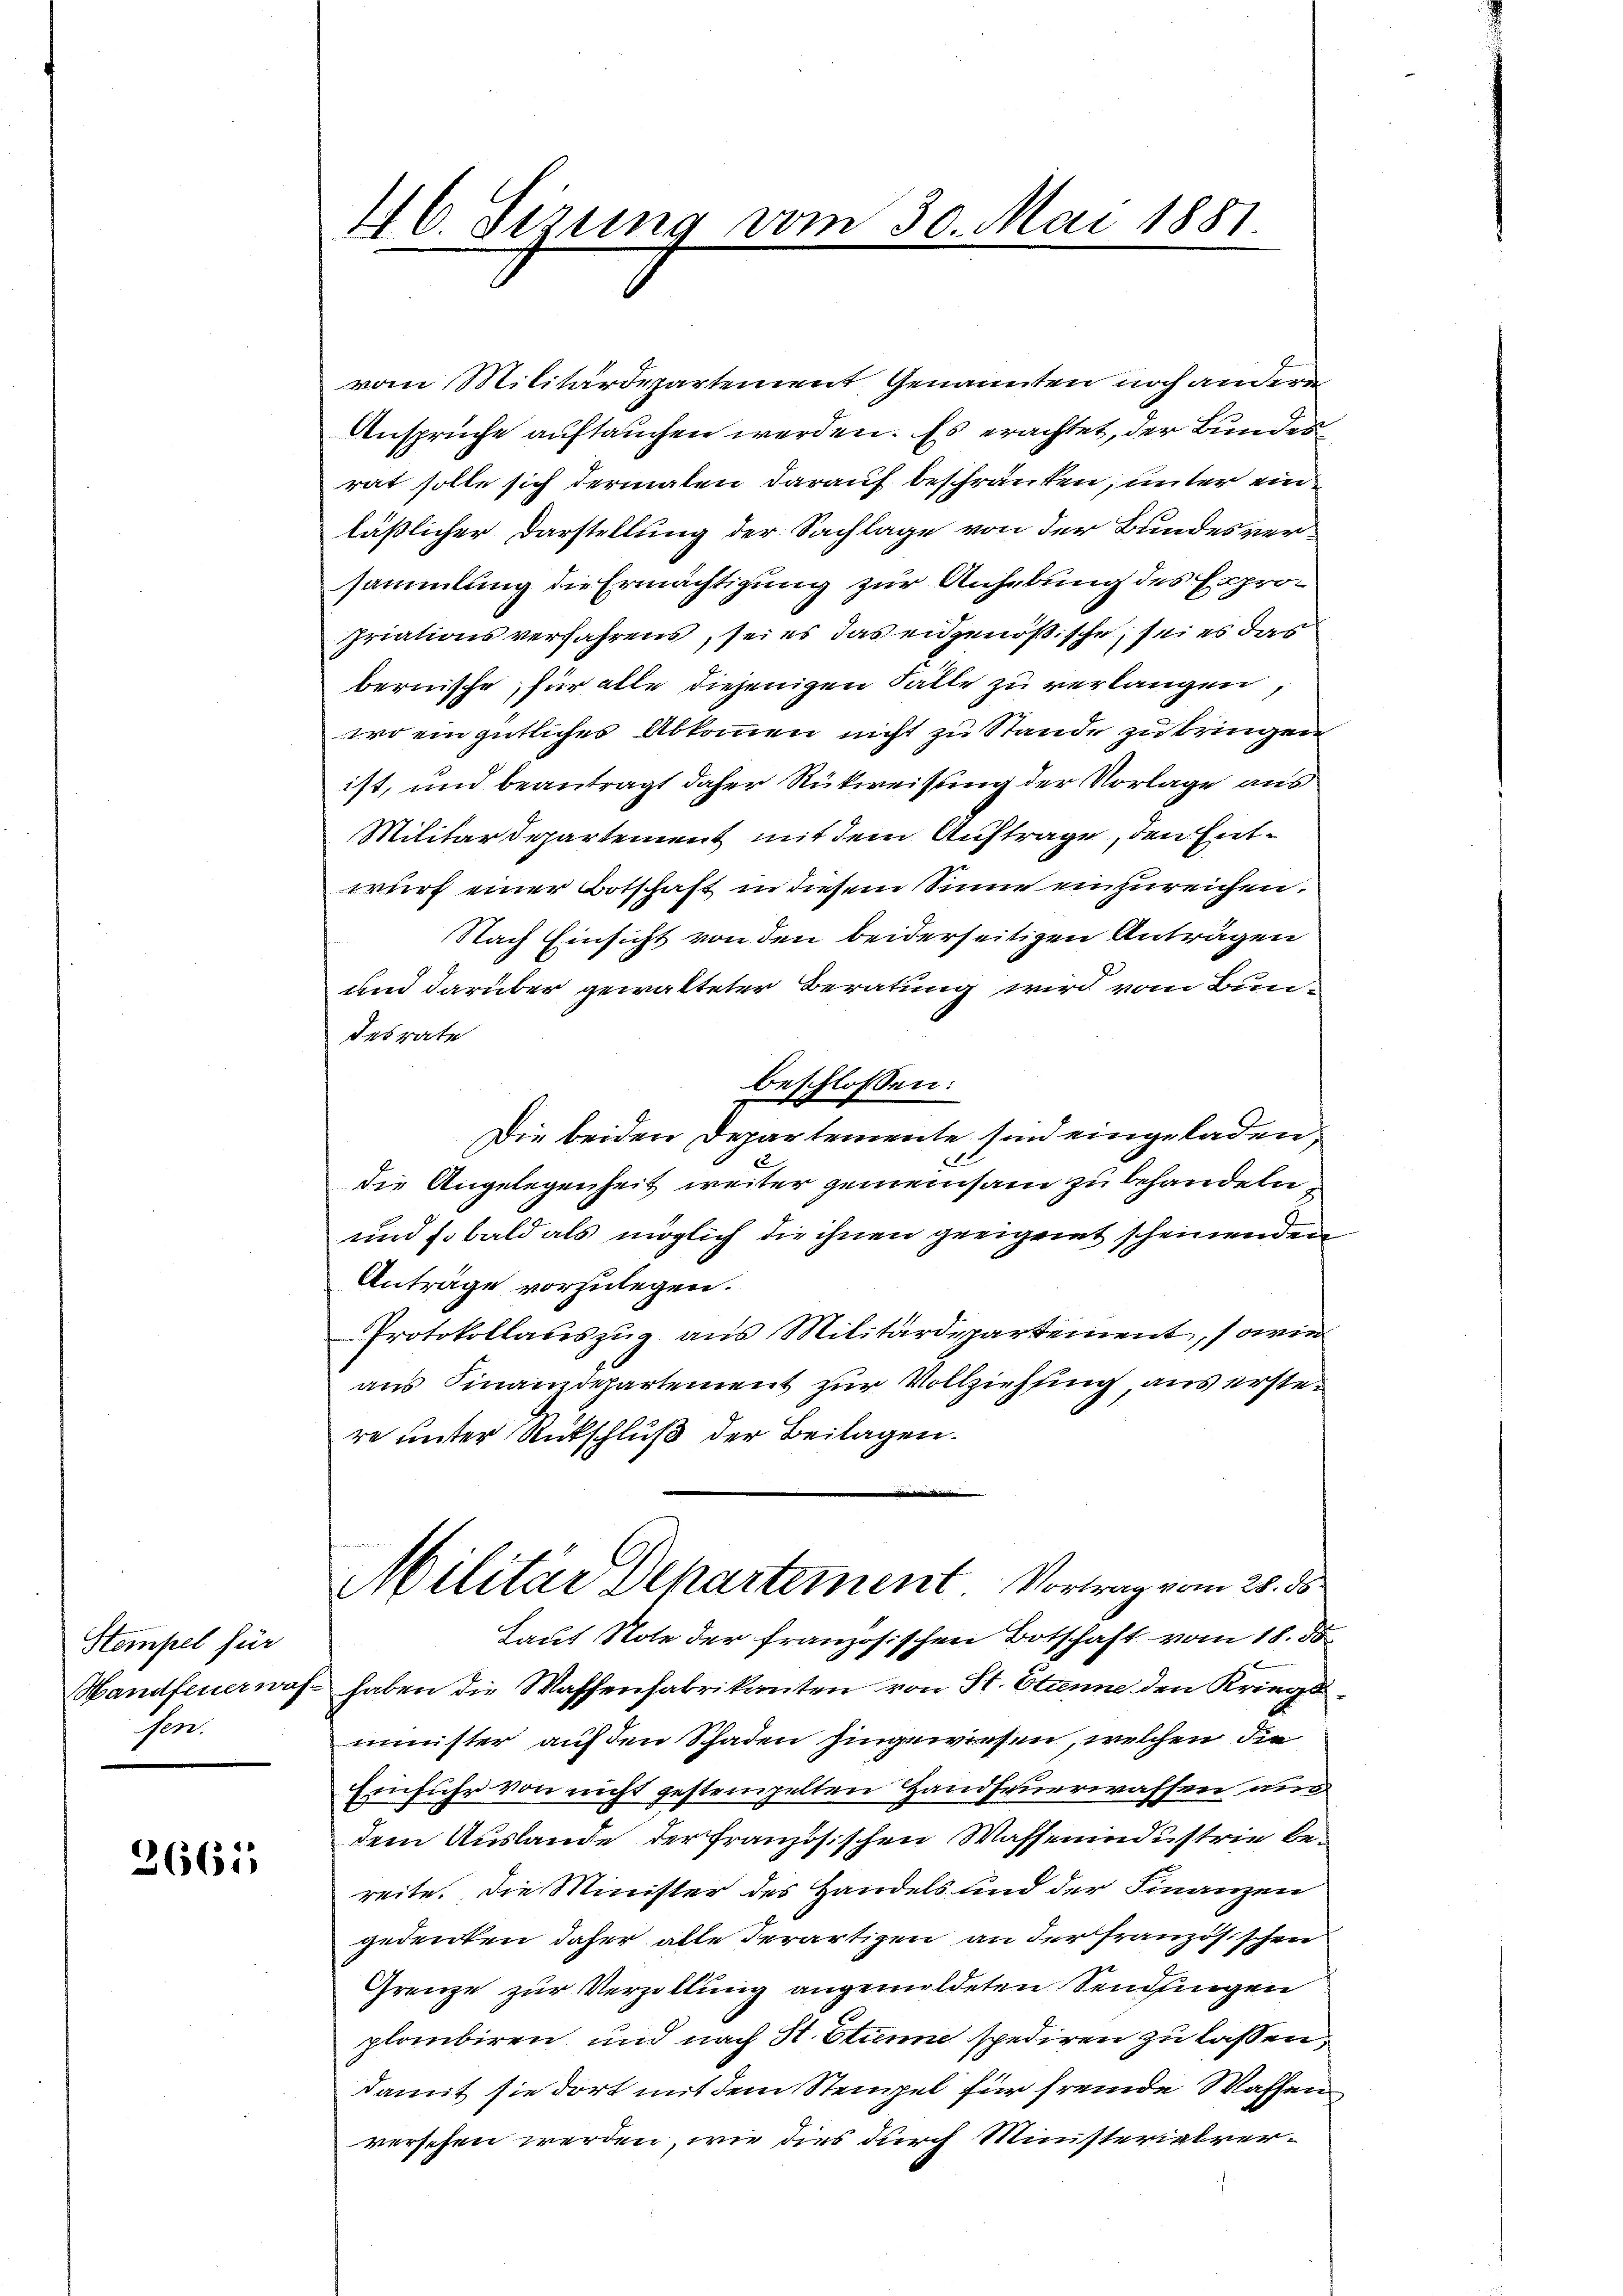
Stempel für
see

26611

46. Sizung vom 30. Mai 1881.

vom Militärdepartement Genannten noch andern
Ansprüche auftauchen werden. Es erachtet, der Bundes
rat solle sich dermalen darauf beschränken, unter ein
läßlicher Darstellung der Sachlage von der Bundesversammlung die Ermächtigung zur Anhebung des Expropriationsverfahrens, sei es das eidgenößische, sei es das
bernische, für alle diejenigen Fälle zu verlangen,
wo ein gütliches Abkommen nicht zu Stande zu bringen
ist, und beantragt daher Rückweisung der Vorlage aus
Militärdepartement mit dem Auftrage, den Entwurf einer Botschaft in diesem Sinne einzureichen.
Nach Einsicht von den beiderseitigen Anträgen
und darüber gewalteter Beratung wird vom Bundesrate
beschlossen:
Die beiden Departemente sind eingeladen,
die Angelegenheit weiter gemeinsam zu behandeln
und so bald als möglich die ihnen geeignet scheinenden
Anträge vorzulegen.
Protokollauszug aus Militärdepartement, sowie
aus Finanzdepartement zur Vollziehung, aus erstere unter Rückschluß der Beilagen.
Militär Departement. Vortrag vom 28. ds
Dauf Note der französischen Botschaft vom 18. 58
Handfeuer was haben die Waffenfabrikanten von St. Etanne den Kriegsminister auf den Schaden hingewiesen, welchen die
Einführ von nicht gestempelten Handfeuerwassen aus
dem Auslande der französischen Waffenindustrie bereite. Die Minister des Handels und der Finanzen
gedenken daher alle Terartigen an der französischen
Grenze zur Verzellung angemildeten Sendungen
planbiren, und nach St. Stinne spediren zu lassen,
damit sie dort mit dem Stempel für fremde Waffen
versehen werden, wie dies durch Ministerialver¬